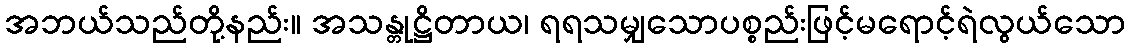
အဘယ်သည်တို့နည်း။ အသန္တုဋ္ဌိတာယ၊ ရရသမျှသောပစ္စည်းဖြင့်မရောင့်ရဲလွယ်သော